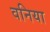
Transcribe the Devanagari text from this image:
वनिया